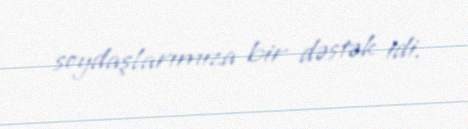
soydaşlarımıza bir dəstək idi.